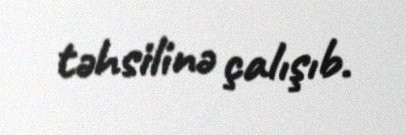
təhsilinə çalışıb.